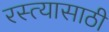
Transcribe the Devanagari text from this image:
रस्त्यासाठी